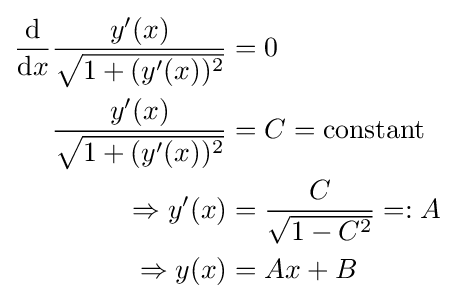
{\begin{aligned}{\frac {\mathrm {d} }{\mathrm {d} x}}{\frac {y'(x)}{\sqrt {1+(y'(x))^{2}}}}&=0\\{\frac {y'(x)}{\sqrt {1+(y'(x))^{2}}}}&=C={\text{constant}}\\\Rightarrow y'(x)&={\frac {C}{\sqrt {1-C^{2}}}}=:A\\\Rightarrow y(x)&=Ax+B\end{aligned}}